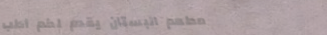
مطعم البستان يقدم لكم أطب